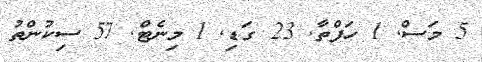
5 މަސް